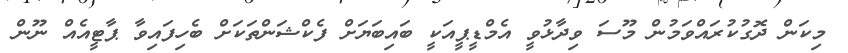
މިކަން ދޮގުކުރައްވަމުން މޫސަ ވިދާޅުވީ އެމްޑީޕީއަކީ ބައިބަޔަށް ފެކްޝަންތަކަށް ބެހިފައިވާ ޕާޓީއެއް ނޫން